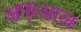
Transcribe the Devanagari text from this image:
अफ्आल